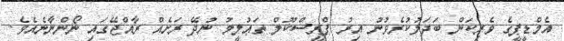
އެމްޑީޕީގެ ވެރިކަން ބަދަލުކުރެވުނު އިރު ޕްރީސްކޫލް ތަޢުލީމު ނުދޭ ރަށެއް ރާއްޖޭގައި ނޯންނާނެއެވެ.